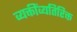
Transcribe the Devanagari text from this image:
व्यक्तींव्यतिरिक्त